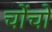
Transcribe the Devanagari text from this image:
चोंचों